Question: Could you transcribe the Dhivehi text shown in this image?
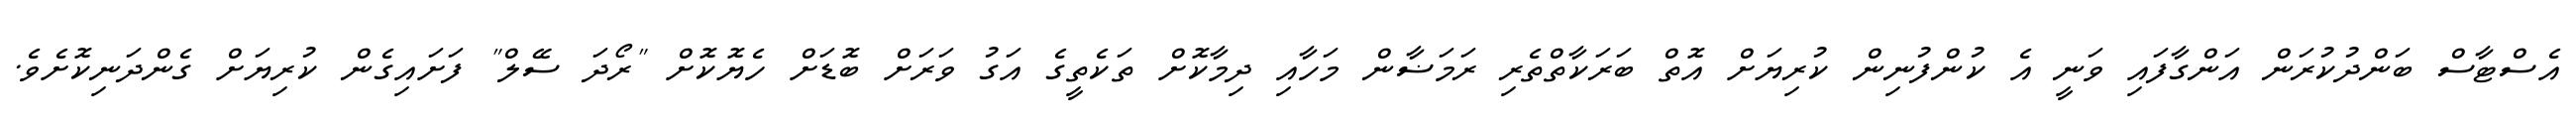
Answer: އެސްޓާސް ބަންދުކުރަން އަންގާފައި ވަނީ އެ ކުންފުނިން ކުރިޔަށް އޮތް ބަރަކާތްތެރި ރަމަޟާން މަހާއި ދިމާކޮށް ތަކެތީގެ އަގު ވަރަށް ބޮޑަށް ހެޔޮކޮށް "ރޯދަ ސޭލް" ފަށައިގެން ކުރިޔަށް ގެންދަނިކޮށެވެ.